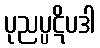
ပုညပ္ပဋိပဒါ